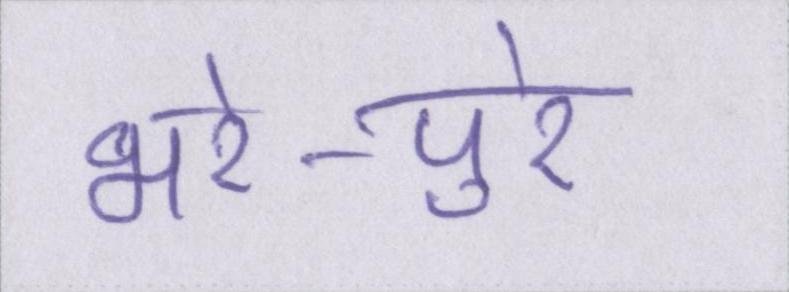
भरे-पुरे